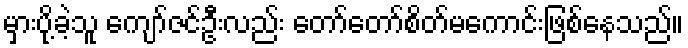
မှားပို့ခဲ့သူ ကျော်ဇင်ဦးလည်း တော်တော်စိတ်မကောင်းဖြစ်နေသည်။